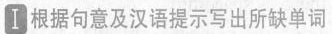
I 根据句意及汉语提示写出所缺单词